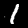
Label: 1